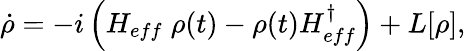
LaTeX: \dot{\rho}=-i\left(H_{eff}\; \rho(t)-\rho(t)H_{eff}^{\dagger}\right)+L[\rho],